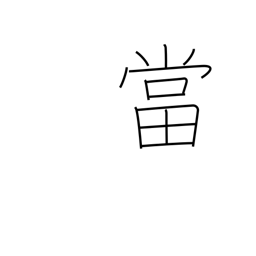
Meaning: accept